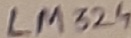
Text: LM324